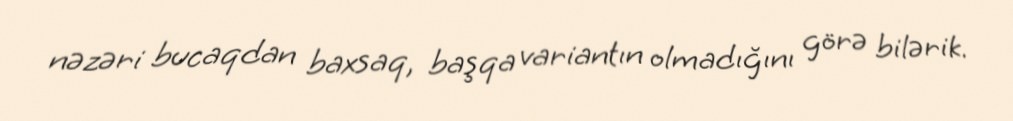
nəzəri bucaqdan baxsaq, başqa variantın olmadığını görə bilərik.